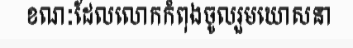
ខណៈដែលលោកកំពុងចូលរួមឃោសនា